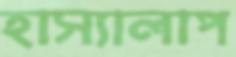
হাস্যালাপ